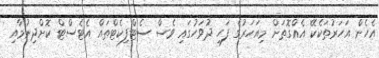
އެހެން އަހަރުތަކެކޭ އެއްގޮތަށް މިއަހަރުގެ ފަހި ދުވަހުގައި ވެސް ސެޓްފިކެޓްތައް އެޓެސްޓް ކޮށްދިނުމާއި